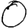
Digit: 0